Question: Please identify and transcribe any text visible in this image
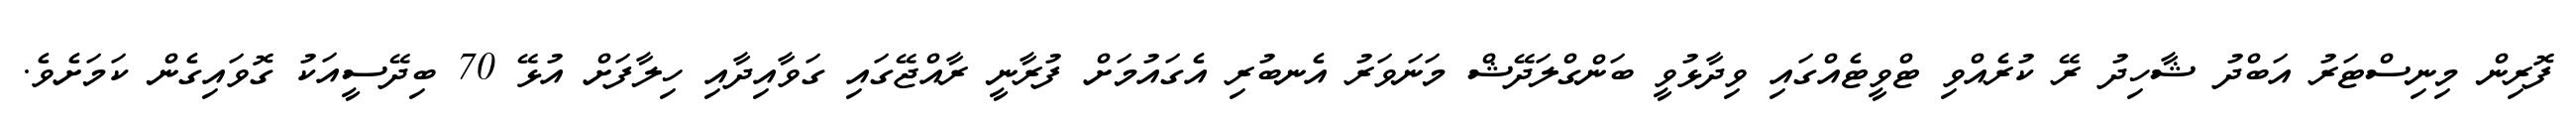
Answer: ފޮރިން މިނިސްޓަރު އަބްދު ޝާހިދު ރޭ ކުރެއްވި ޓްވީޓެއްގައި ވިދާޅުވީ ބަންގްލަދޭޝް މަނަވަރު އެނބުރި އެގައުމަށް ފުރާނީ ރާއްޖޭގައި ގަވާއިދާއި ހިލާފަށް އުޅޭ 70 ބިދޭސީއަކު ގޮވައިގެން ކަމަށެވެ.